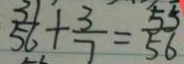
\frac { 3 1 } { 5 6 } + \frac { 3 } { 7 } = \frac { 5 5 } { 5 6 }